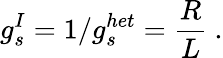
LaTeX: g_{s}^{I}=1/g_{s}^{het}={\frac{R}{L}}\ .